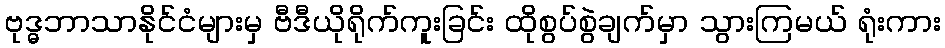
ဗုဒ္ဓဘာသာနိုင်ငံများမှ ဗီဒီယိုရိုက်ကူးခြင်း ထိုစွပ်စွဲချက်မှာ သွားကြမယ် ရုံးကား